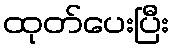
ထုတ်ပေးပြီး